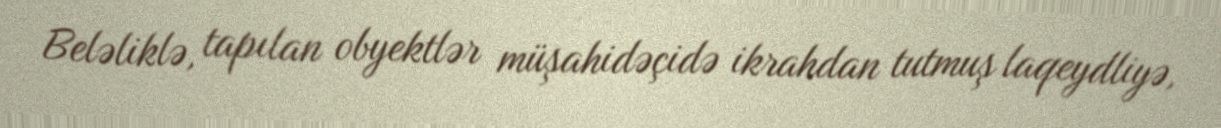
Beləliklə, tapılan obyektlər müşahidəçidə ikrahdan tutmuş laqeydliyə,